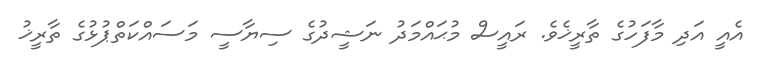
އެއީ އަދި މާފަހުގެ ތާރީޚެވެ. ރައީސް މުޙައްމަދު ނަޝީދުގެ ސިޔާސީ މަސައްކަތްޕުޅުގެ ތާރީޚު